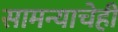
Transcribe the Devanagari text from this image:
सामन्याचेही